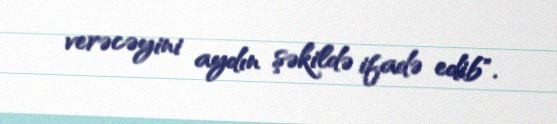
verəcəyini aydın şəkildə ifadə edib".